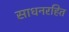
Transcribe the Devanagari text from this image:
साधनरहित